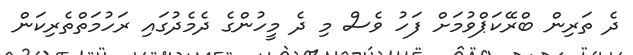
ދެ ތަރިން ބްރޭކަޕްވުމަށް ފަހު ވެސް މި ދެ މީހުންގެ ދެމެދުގައި ރަހުމަތްތެރިކަން